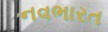
નવભારત